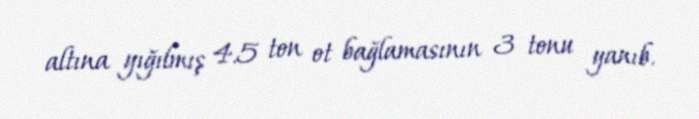
altına yığılmış 4.5 ton ot bağlamasının 3 tonu yanıb.